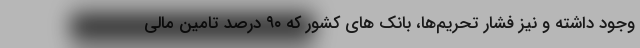
وجود داشته و نیز فشار تحریم‌ها، بانک های کشور که ۹۰ درصد تامین مالی